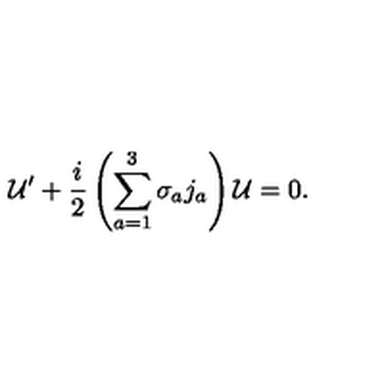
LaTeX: { \cal U } ^ { \prime } + { \frac { i } { 2 } } \left( \sum _ { a = 1 } ^ { 3 } \sigma _ { a } j _ { a } \right) { \cal U } = 0 .